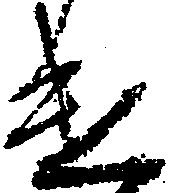
遣